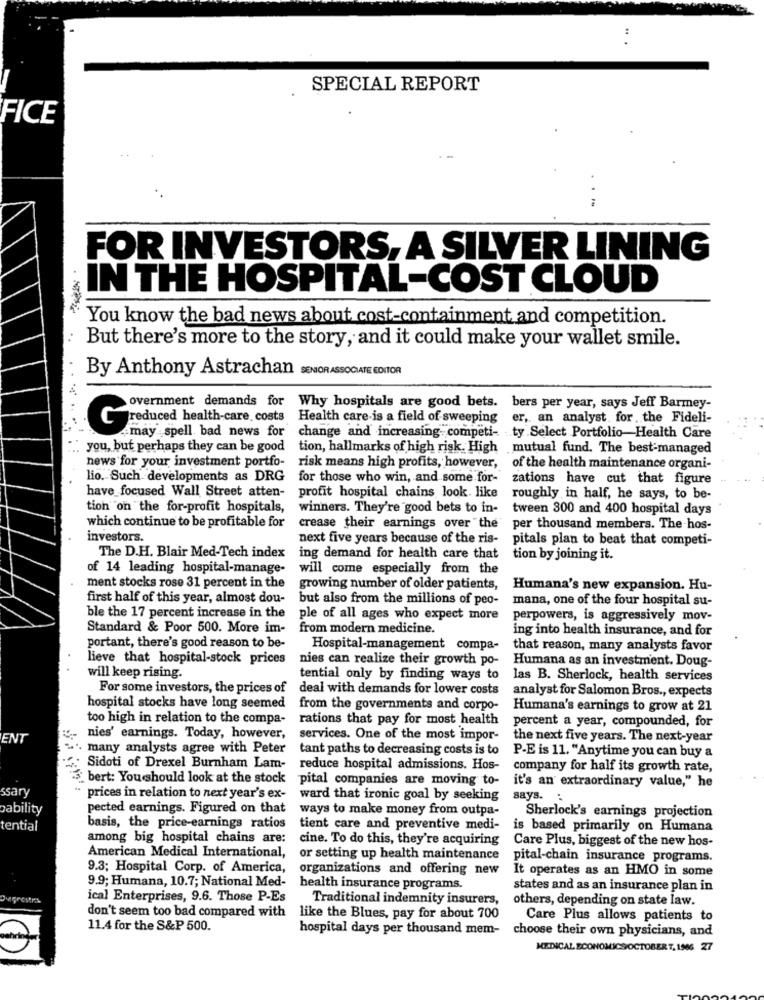
SPECIAL REPORT
FICE
FOR INVESTORS, A SILVER LINING
IN THE HOSPITAL-COST CLOUD
You know the bad news about cost-containment, and competition.
But there's more to the story, and it could make your wallet smile.
By Anthony Astrachan SENOR ASSOCIATE EDITOR
overnment demands for Why hospitals are good bets. bers per year, says Jeff Barmey-
er, an analyst. for the Fideli-
reduced health-care costs Health care is a field of sweeping
may spell bad news for
change and increasing competi- ty Select Portfolio-Health Care
...
you, but perhaps they can be good tion, hallmarks of high risk. High mutual fund. The best-managed
news for your investment portfo-
risk means high profits, however,
of the health maintenance organi-
lio. Such developments as DRG
for those who win, and some for-
zations have cut that figure
have_focused Wall Street atten-
profit hospital chains look. like
roughly in half, he says, to be-
tion on the for-profit hospitals,
winners. They're good bets to in-
tween 800 and 400 hospital days
which continue to be profitable for
crease their earnings over the
per thousand members. The hos-
investors.
next five years because of the ris-
pitals plan to beat that competi-
The D.H. Blair Med-Tech index
ing demand for health care that
tion by joining it.
of 14 leading hospital-manage-
will come especially from the
ment stocks rose 31 percent in the
growing number of older patients,
Humana's new expansion. Hu-
first half of this year, almost dou-
but also from the millions of peo-
mana, one of the four hospital su-
ble the 17 percent increase in the
ple of all ages who expect more
perpowers, is aggressively mov-
Standard & Poor 500. More im-
from modern medicine.
ing into health insurance, and for
portant, there's good reason to be-
Hospital-management compa-
that reason, many analysts favor
lieve that hospital-stock prices
nies can realize their growth po-
Humana as an investment. Doug-
will keep rising.
tential only by finding ways to
las B. Sherlock, health services
For some investors, the prices of
deal with demands for lower costs
analyst for Salomon Bros ., expects
hospital stocks have long seemed
from the governments and corpo-
Humana's earnings to grow at 21
too high in relation to the compa-
rations that pay for most health
percent a year, compounded, for
ENT
nies' earnings. Today, however,
services. One of the most impor-
the next five years. The next-year
many analysts agree with Peter
tant paths to decreasing costs is to
P-E is 11. "Anytime you can buy a
Sidoti of Drexel Burnham Lam-
reduce hospital admissions. Hos-
company for half its growth rate,
bert: You should look at the stock
pital companies are moving to-
ssary
it's an extraordinary value," he
prices in relation to next year's ex-
ward that ironic goal by seeking
says.
oability
pected earnings. Figured on that
ways to make money from outpa-
Sherlock's earnings projection
tential
basis, the price-earnings ratios
tient care and preventive medi-
is based primarily on Humana
among big hospital chains are:
cine. To do this, they're acquiring
Care Plus, biggest of the new hos-
American Medical International,
or setting up health maintenance
pital-chain insurance programs.
9.3; Hospital Corp. of America,
organizations and offering new
It operates as an HMO in some
9.9; Humana, 10.7; National Med-
health insurance programs.
states and as an insurance plan in
DuGrostis
ical Enterprises, 9.6. Those P-Es
Traditional indemnity insurers,
others, depending on state law.
don't seem too bad compared with
like the Blues, pay for about 700
Care Plus allows patients to
11.4 for the S&P 500.
hospital days per thousand mem-
choose their own physicians, and
MEDICAL ECONOMICS/OCTOBER 7, 1906 27